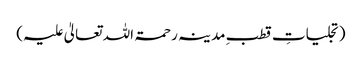
(تجلیاتِ قطبِ مدینہ رحمۃ اللہ تعالیٰ علیہ)